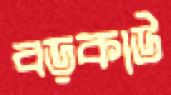
বড়কাউ